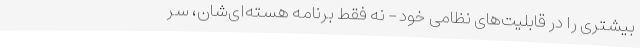
بیشتری را در قابلیت‌های نظامی خود – نه فقط برنامه هسته‌ای‌شان، سر